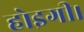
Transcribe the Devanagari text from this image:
होइगी।